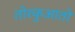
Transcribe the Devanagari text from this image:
तोरकुआतो